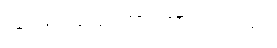
သုံးသပ်ပြောကြားထားပါတယ်။